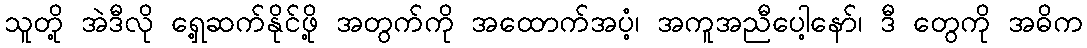
သူတို့ အဲဒီလို ရှေ့ဆက်နိုင်ဖို့ အတွက်ကို အထောက်အပံ့၊ အကူအညီပေါ့နော်၊ ဒီ တွေကို အဓိက